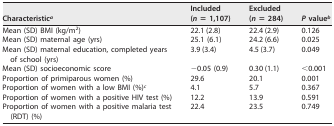
| Characteristica | Included (n = 1,107) | Excluded (n = 284) | P valueb |
 | --- | --- | --- | --- |
 | Mean (SD) BMI (kg/m2) | 22.1 (2.8) | 22.4 (2.9) | 0.126 |
 | Mean (SD) maternal age (yrs) | 25.1 (6.1) | 24.2 (6.6) | 0.025 |
 | Mean (SD) maternal education, completed years of school (yrs) | 3.9 (3.4) | 4.5 (3.7) | 0.049 |
 | Mean (SD) socioeconomic score | −0.05 (0.9) | 0.30 (1.1) | <0.001 |
 | Proportion of primiparous women (%) | 29.6 | 20.1 | 0.001 |
 | Proportion of women with a low BMI (%)c | 4.1 | 5.7 | 0.367 |
 | Proportion of women with a positive HIV test (%) | 12.2 | 13.9 | 0.591 |
 | Proportion of women with a positive malaria test (RDT) (%) | 22.4 | 23.5 | 0.749 |